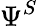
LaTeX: \Psi^{S}